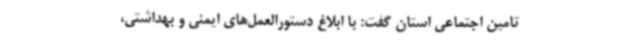
تامین اجتماعی استان گفت: با ابلاغ دستورالعمل‌های ایمنی و بهداشتی،